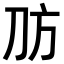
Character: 𪟀